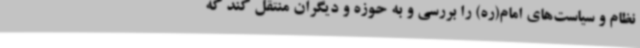
نظام و سیاست‌های امام(ره) را بررسی و به حوزه و دیگران منتقل کند که